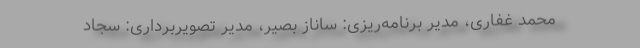
محمد غفاری، مدیر برنامه‌ریزی: ساناز بصیر، مدیر تصویربرداری: سجاد